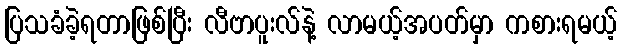
ပြသခံခဲ့ရတာဖြစ်ပြီး လီဗာပူးလ်နဲ့ လာမယ့်အပတ်မှာ ကစားရမယ့်